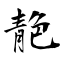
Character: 靘